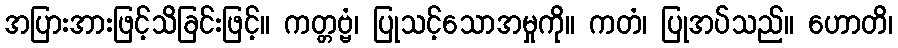
အပြားအားဖြင့်သိခြင်းဖြင့်။ ကတ္တဗ္ဗံ၊ ပြုသင့်သောအမှုကို။ ကတံ၊ ပြုအပ်သည်။ ဟောတိ၊